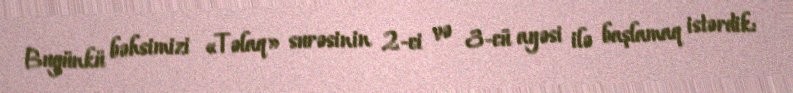
Bugünkü bəhsimizi «Təlaq» surəsinin 2-ci və 3-cü ayəsi ilə başlamaq istərdik: